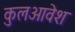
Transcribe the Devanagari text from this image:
कुलआवेश